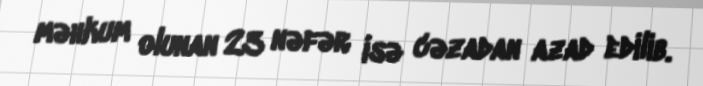
məhkum olunan 23 nəfər isə cəzadan azad edilib.